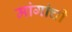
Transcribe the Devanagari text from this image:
मांगांची